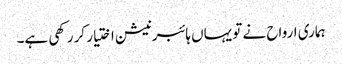
ہماری ارواح نے تو یہاں ہائبرنیشن اختیار کر رکھی ہے۔